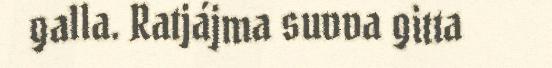
galla. Ratjájma suvva gitta